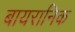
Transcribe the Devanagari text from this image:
बायरानिक